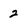
Character: 2